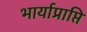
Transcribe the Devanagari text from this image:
भार्याप्राप्ति